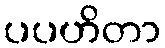
ပပဟိတာ